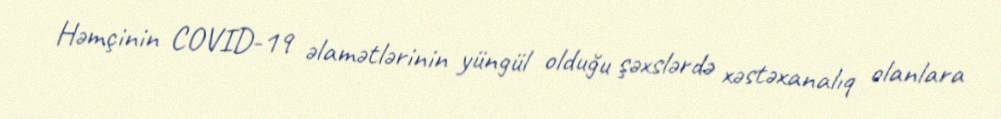
Həmçinin COVID-19 əlamətlərinin yüngül olduğu şəxslərdə xəstəxanalıq olanlara